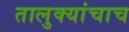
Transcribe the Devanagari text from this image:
तालुक्यांचाच